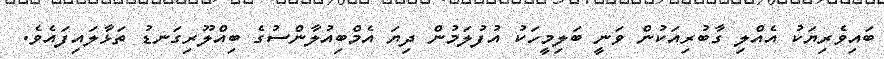
ބައިވެރިޔަކު އެއްލި ގާބުރިއަކުން ވަނީ ބަލިމީހަކު އުފުލަމުން ދިޔަ އެމްބިއުލާންސުގެ ބިއްލޫރިގަނޑު ތަޅާލައިފައެވެ.